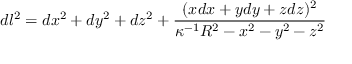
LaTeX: d l ^ { 2 } = d x ^ { 2 } + d y ^ { 2 } + d z ^ { 2 } + { \frac { ( x d x + y d y + z d z ) ^ { 2 } } { \kappa ^ { - 1 } R ^ { 2 } - x ^ { 2 } - y ^ { 2 } - z ^ { 2 } } }